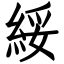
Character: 綏